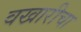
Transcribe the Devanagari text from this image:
वखारीचा